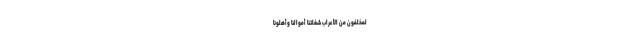
لْمُخَلَّفُونَ مِنَ الْأَعْرَابِ شَغَلَتْنَا أَمْوَالُنَا وَأَهْلُونَا